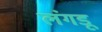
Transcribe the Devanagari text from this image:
लंगडू